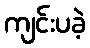
ကျင်းပခဲ့